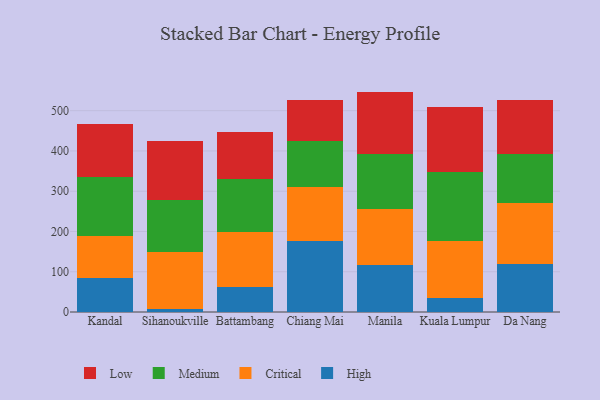
{"axis": {"x": "City", "y": "Demand Index"}, "legend": ["Critical", "High", "Low", "Medium"], "data": [{"x": "Kandal", "y": 85.3, "type": "High"}, {"x": "Kandal", "y": 102.6, "type": "Critical"}, {"x": "Kandal", "y": 147.0, "type": "Medium"}, {"x": "Kandal", "y": 133.1, "type": "Low"}, {"x": "Sihanoukville", "y": 7.7, "type": "High"}, {"x": "Sihanoukville", "y": 141.4, "type": "Critical"}, {"x": "Sihanoukville", "y": 128.6, "type": "Medium"}, {"x": "Sihanoukville", "y": 145.9, "type": "Low"}, {"x": "Battambang", "y": 63.3, "type": "High"}, {"x": "Battambang", "y": 134.6, "type": "Critical"}, {"x": "Battambang", "y": 131.3, "type": "Medium"}, {"x": "Battambang", "y": 117.1, "type": "Low"}, {"x": "Chiang Mai", "y": 176.9, "type": "High"}, {"x": "Chiang Mai", "y": 132.4, "type": "Critical"}, {"x": "Chiang Mai", "y": 116.0, "type": "Medium"}, {"x": "Chiang Mai", "y": 101.2, "type": "Low"}, {"x": "Manila", "y": 117.8, "type": "High"}, {"x": "Manila", "y": 138.1, "type": "Critical"}, {"x": "Manila", "y": 137.3, "type": "Medium"}, {"x": "Manila", "y": 154.2, "type": "Low"}, {"x": "Kuala Lumpur", "y": 35.8, "type": "High"}, {"x": "Kuala Lumpur", "y": 140.4, "type": "Critical"}, {"x": "Kuala Lumpur", "y": 171.7, "type": "Medium"}, {"x": "Kuala Lumpur", "y": 160.7, "type": "Low"}, {"x": "Da Nang", "y": 118.3, "type": "High"}, {"x": "Da Nang", "y": 151.7, "type": "Critical"}, {"x": "Da Nang", "y": 122.4, "type": "Medium"}, {"x": "Da Nang", "y": 134.7, "type": "Low"}]}